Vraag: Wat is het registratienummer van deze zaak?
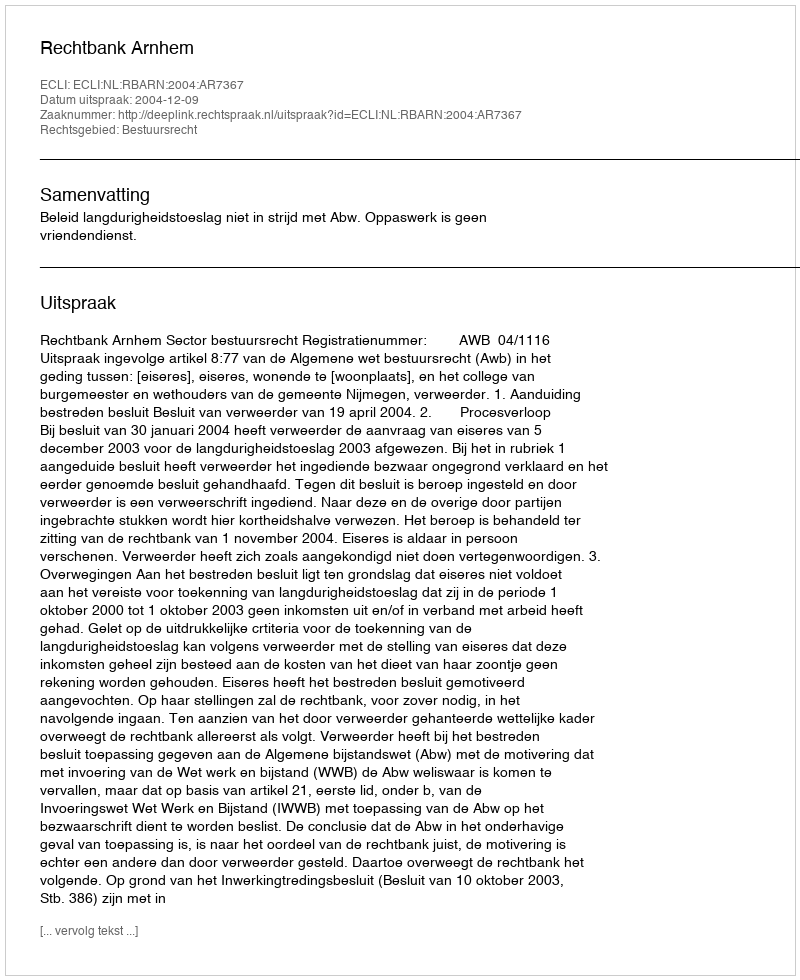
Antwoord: http://deeplink.rechtspraak.nl/uitspraak?id=ECLI:NL:RBARN:2004:AR7367